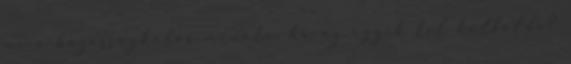
mi a házasságkötés menete, ha az egyik fél külföldi?